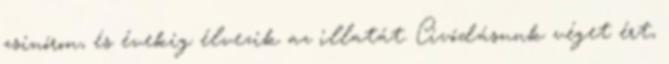
zsinóron, és évekig élvezik az illatát. Civódásunk véget ért,